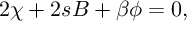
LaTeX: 2 \chi + 2 s B + \beta \phi = 0 ,